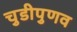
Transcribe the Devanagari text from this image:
चुडीपुणव